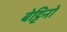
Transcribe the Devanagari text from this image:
बेट्टिनो